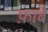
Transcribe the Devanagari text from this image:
फ़ाबै